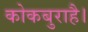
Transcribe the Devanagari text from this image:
कोकबुराहै।